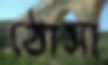
ঠোসা